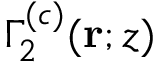
\Gamma _ { 2 } ^ { ( c ) } ( \mathbf { r } ; z )